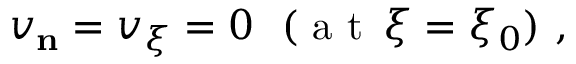
\begin{array} { r } { v _ { \mathbf { n } } = v _ { \xi } = 0 \ \ ( { \mathrm { ~ a ~ t ~ } } \, \xi = \xi _ { 0 } ) \ , \ } \end{array}